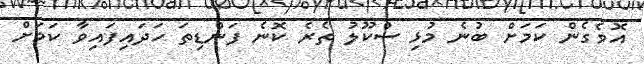
އޮވެގެން ކަމަށް ބުނެ މުޅި ސްކޫލު ތެރެ ކޮނެ ފަންޑިތަ ހަދައިފައިވާ ކަމަށް